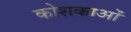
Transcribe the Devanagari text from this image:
कोशकाओं